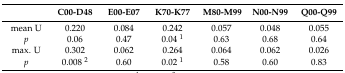
<table><thead><tr><td></td><td><b>C00-D48</b></td><td><b>E00-E07</b></td><td><b>K70-K77</b></td><td><b>M80-M99</b></td><td><b>N00-N99</b></td><td><b>Q00-Q99</b></td></tr></thead><tbody><tr><td>mean U</td><td>0.220</td><td>0.084</td><td>0.242</td><td>0.057</td><td>0.048</td><td>0.055</td></tr><tr><td><i>p</i></td><td>0.06</td><td>0.47</td><td>0.04 <sup>1</sup></td><td>0.63</td><td>0.68</td><td>0.64</td></tr><tr><td>max. U</td><td>0.302</td><td>0.062</td><td>0.264</td><td>0.064</td><td>0.062</td><td>0.026</td></tr><tr><td><i>p</i></td><td>0.008 <sup>2</sup></td><td>0.60</td><td>0.02 <sup>1</sup></td><td>0.58</td><td>0.60</td><td>0.83</td></tr></tbody></table>